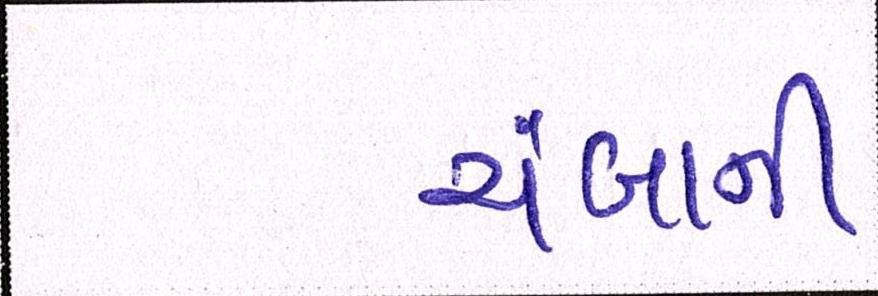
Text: ચંબાની